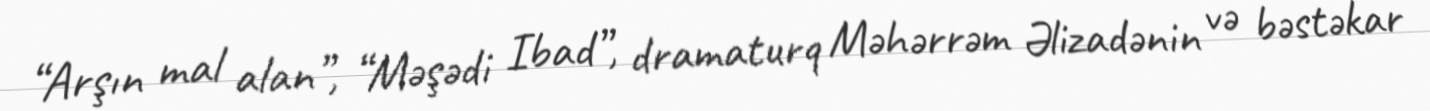
“Arşın mal alan”, “Məşədi Ibad”, dramaturq Məhərrəm Əlizadənin və bəstəkar